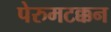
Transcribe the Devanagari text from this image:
पेरुमटक्कन